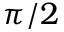
\pi / 2